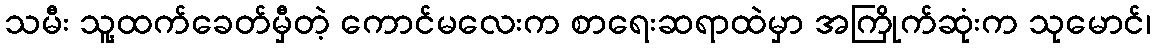
သမီး သူ့ထက်ခေတ်မှီတဲ့ ကောင်မလေးက စာရေးဆရာထဲမှာ အကြိုက်ဆုံးက သုမောင်၊